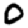
Digit: 0